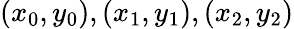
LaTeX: (x_{0},y_{0}),(x_{1},y_{1}),(x_{2},y_{2})